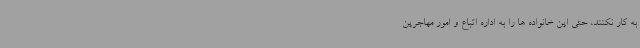
به کار نکنند، حتی این خانواده ها را به اداره اتباع و امور مهاجرین